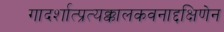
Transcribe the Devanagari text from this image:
गादर्शात्प्रत्यक्कालकवनाद्दक्षिणेन